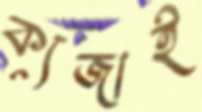
ক্যজাই